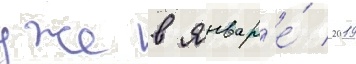
уже в январ'е́ 2019